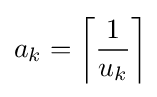
a_{k}=\left\lceil {\frac {1}{u_{k}}}\right\rceil \!